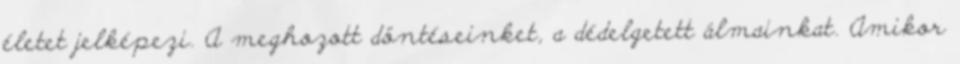
életet jelképezi. A meghozott döntéseinket, a dédelgetett álmainkat. Amikor